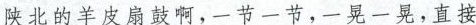
陕北的羊皮扇鼓啊，一节一节,一晃一晃，直接